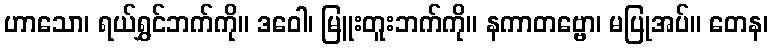
ဟာသော၊ ရယ်ရွှင်ဘက်ကို။ ဒဝေါ၊ မြူးတူးဘက်ကို။ နကာတဗ္ဗော၊ မပြုအပ်။ တေန၊